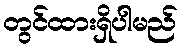
တွင်ထားရှိပါမည်